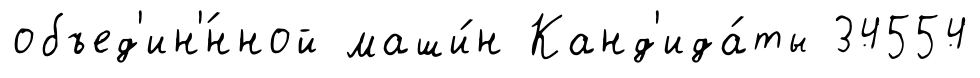
объед'ин'́нной маши́н Канд'ида́ты 34554